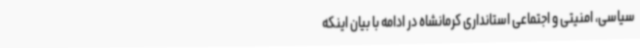
سیاسی، امنیتی و اجتماعی استانداری کرمانشاه در ادامه با بیان اینکه